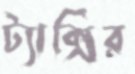
ট্যাক্সির